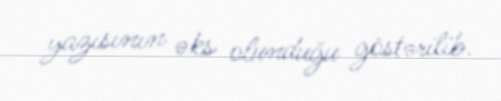
yazısının əks olunduğu göstərilib.